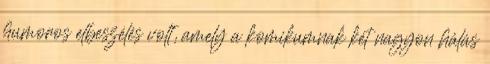
humoros elbeszélés volt, amely a komikumnak két nagyon hálás